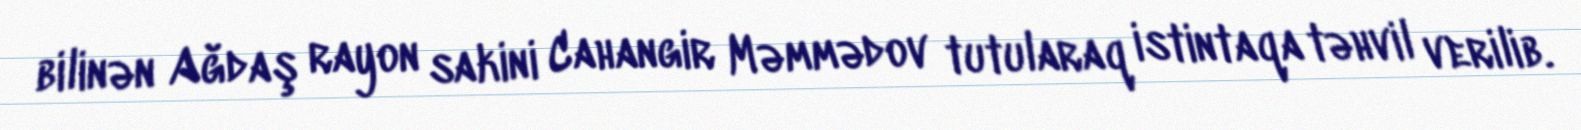
bilinən Ağdaş rayon sakini Cahangir Məmmədov tutularaq istintaqa təhvil verilib.